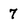
Character: 7